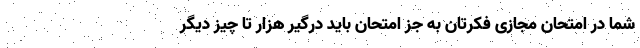
شما در امتحان مجازی فکرتان به جز امتحان باید درگیر هزار تا چیز دیگر